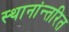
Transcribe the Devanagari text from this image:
स्थानांन्तरित